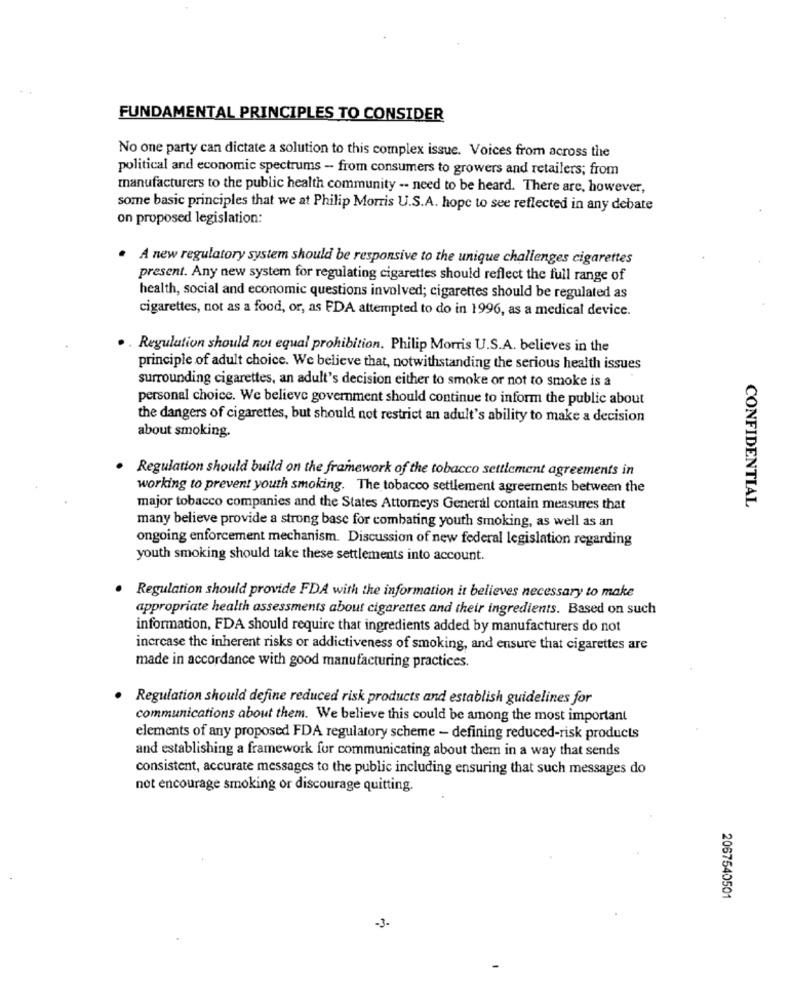
FUNDAMENTAL PRINCIPLES TO CONSIDER
No one party can dictate a solution to this complex issue. Voices from across the
political and economic spectrums - from consumers to growers and retailers; from
manufacturers to the public health community -- need to be heard. There are, however,
some basic principles that we at Philip Morris U.S.A. hope to see reflected in any debate
on proposed legislation:
. A new regulatory system should be responsive to the unique challenges cigarettes
present. Any new system for regulating cigarettes should reflect the full range of
health, social and economic questions involved; cigarettes should be regulated as
cigarettes, not as a food, or, as FDA attempted to do in 1996, as a medical device.
. Regulation should not equal prohibition. Philip Morris U.S.A. believes in the
principle of adult choice. We believe that, notwithstanding the serious health issues
surrounding cigarettes, an adult's decision either to smoke or not to smoke is a
personal choice. We believe government should continue to inform the public about
the dangers of cigarettes, but should not restrict an adult's ability to make a decision
about smoking.
Regulation should build on the framework of the tobacco settlement agreements in
working to prevent youth smoking. The tobacco settlement agreements between the
CONFIDENTIAL
major tobacco companies and the States Attorneys General contain measures that
many believe provide a strong base for combating youth smoking, as well as an
ongoing enforcement mechanism. Discussion of new federal legislation regarding
youth smoking should take these settlements into account.
Regulation should provide FDA with the information it believes necessary to make
appropriate health assessments about cigarettes and their ingredients. Based on such
information, FDA should require that ingredients added by manufacturers do not
increase the inherent risks or addictiveness of smoking, and ensure that cigarettes are
made in accordance with good manufacturing practices.
Regulation should define reduced risk products and establish guidelines for
communications about them. We believe this could be among the most important
elements of any proposed FDA regulatory scheme - defining reduced-risk products
and establishing a framework for communicating about them in a way that sends
consistent, accurate messages to the public including ensuring that such messages do
not encourage smoking or discourage quitting.
2067540501
-3.